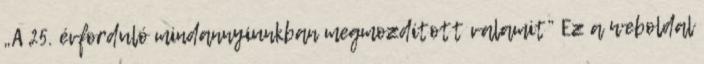
„A 25. évforduló mindannyiunkban megmozdított valamit” Ez a weboldal